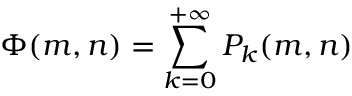
\Phi ( m , n ) = \sum _ { k = 0 } ^ { + \infty } P _ { k } ( m , n )